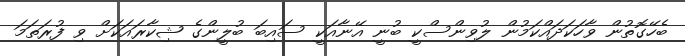
ބެހޭގޮތުން ވާހަކަދައްކަމުން ލުވިންސްކީ ބުނީ އޭނާއަކީ ސައިބަ ބުލީންގެ ޝިކާރައަކަށް ވި ފުރަތަމަ